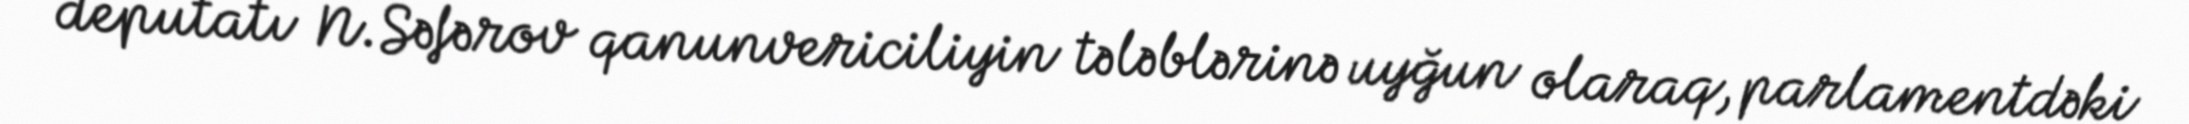
deputatı N.Səfərov qanunvericiliyin tələblərinə uyğun olaraq, parlamentdəki